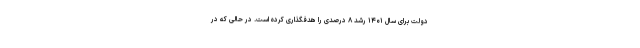
دولت برای سال ۱۴۰۱ رشد ۸ درصدی را هدفگذاری کرده است. در حالی که در